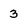
Character: 3